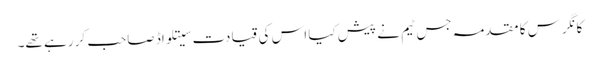
کانگرس کا مقدمہ جس ٹیم نے پیش کیا اس کی قیادت سیتلواڈ صاحب کر رہے تھے۔